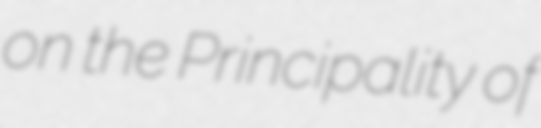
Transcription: on the Principality of